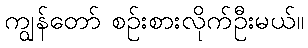
ကျွန်တော် စဉ်းစားလိုက်ဦးမယ်။